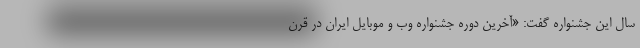
سال این جشنواره گفت: «آخرین دوره جشنواره وب و موبایل ایران در قرن